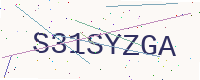
Text: S31SYZGA